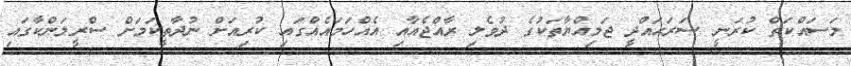
މަސައްކަތް ކުރަނީ ސަރަޙައްދީ ޖަމިއްޔާތަކުގެ ދުވެލި ރާއްޖެއާއި އެއްހަމައެއްގައި ކުރިއަށް ނުދާތީކަމަށް ސްރީލަންކާގައި